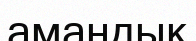
амандық